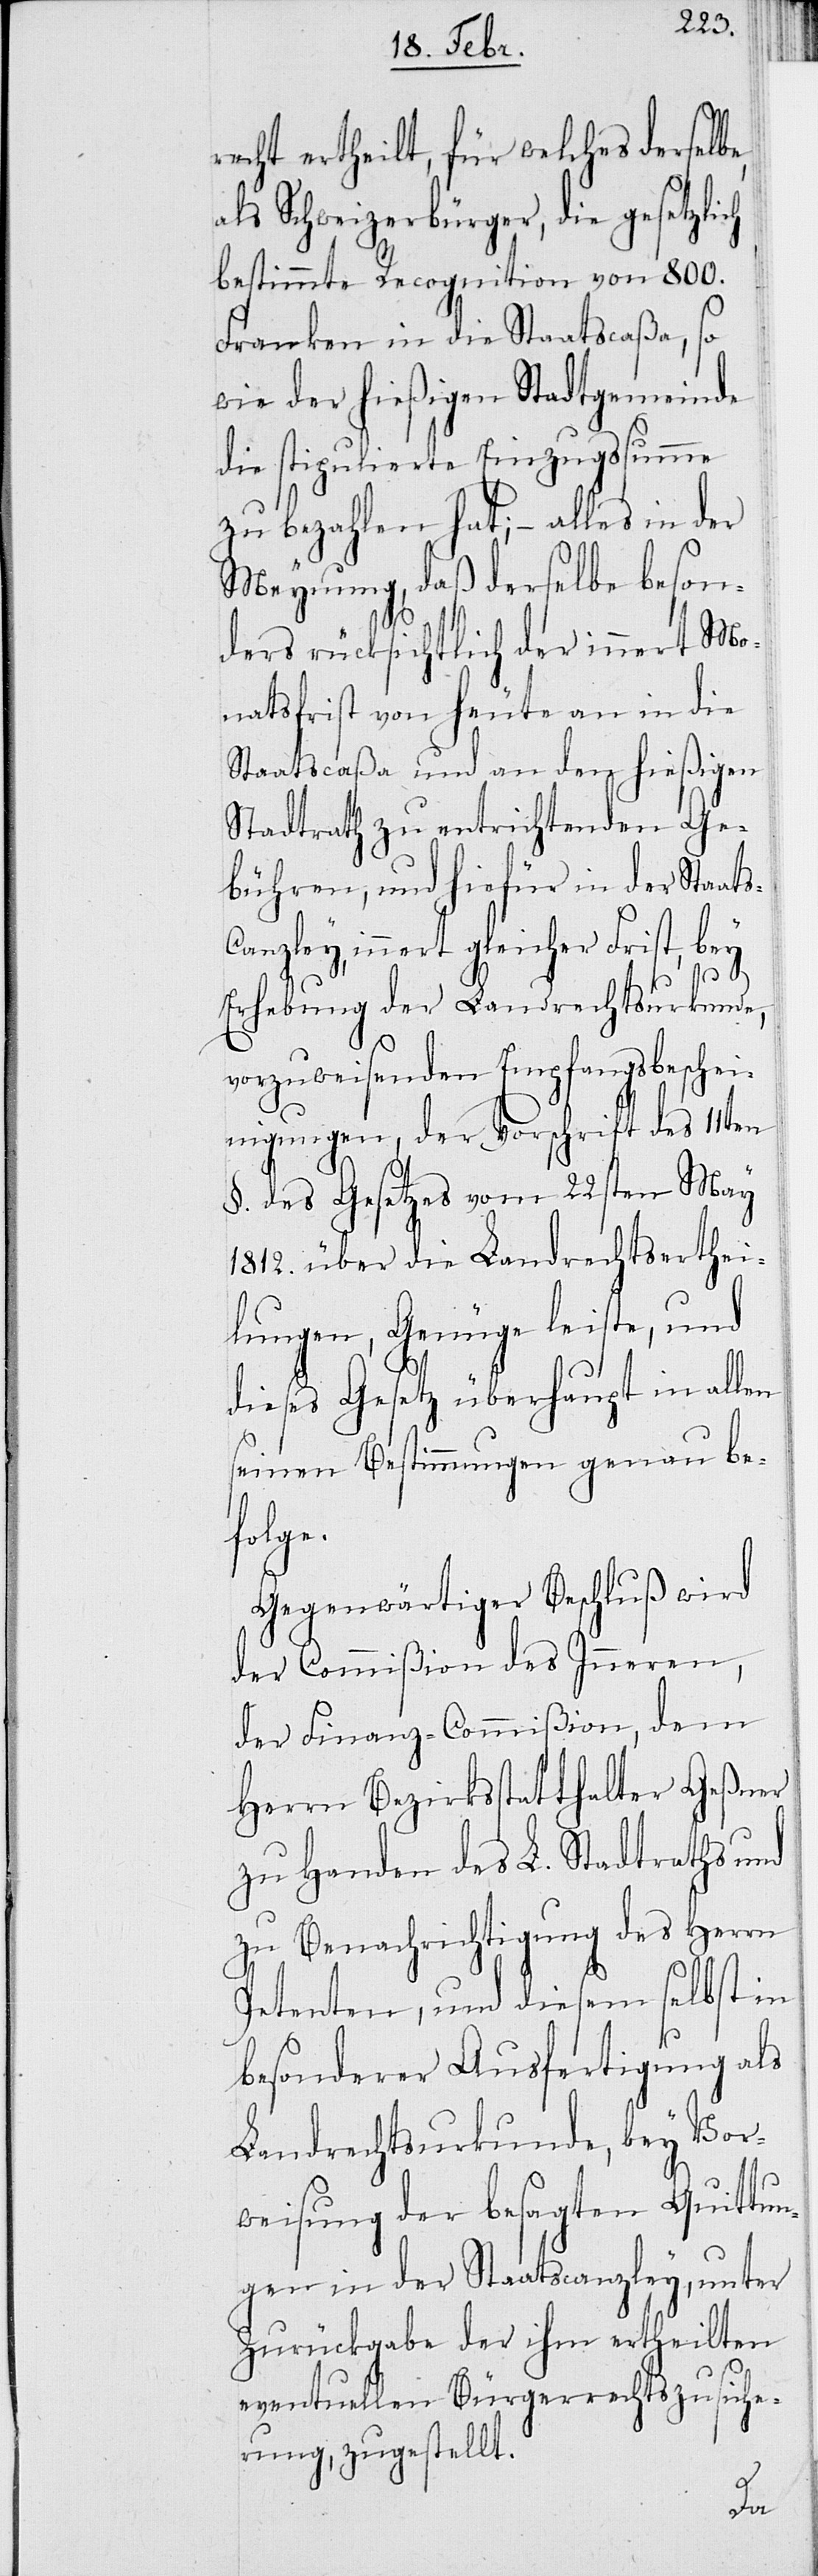
recht ertheilt, für welches derselb¬
als Schweizerbürger, die gesetzlich
bestimmte Recognition von 800.
Franken in die Staatscaßa, so
wie der hießigen Stadtgemeinde
die stipulierte Einzugssumme
zu bezahlen hat; – alles in der
Meynung, daß derselbe beson¬
ders rücksichtlich der innert Mo¬
natsfrist von heute an in die
Staatscaßa und an den hießigen
Stadtrath zu entrichtenden Ge¬
bühren, und hiefür in der Staats¬
innert gleicher Frist, bey
Erhaltung der Landrechtsurkunde,
vorzuweisenden Empfangsbeschei¬
nigungen, der Vorschrift des 11ten
§. des Gesetzes vom 22sten März
1812. über die Landrechtserthei¬
lungen, Genüge leiste, und
dieses Gesetz überhaupt in allen
seinen Bestimmungen genau be¬
folge.
Gegenwärtiger Beschluß wird
der Comißion des Inneren,
der Finanz-Commißion, dem
Herrn Bezirksstatthalter Geßner
zu Handen des L. Stadtraths und
zu Benachrichtigung des Herrn
Petenten, und diesem selbst in
besonderer Ausfertigung als
Landrechtsurkunde, bey Vor¬
weisung der besagten Quittun¬
gen in der Staatscanzley, unter
Zurückgabe der ihm ertheilten
eventuellen Bürgerrechtszusiche¬
rung, zugestellt.
can¬
zley,